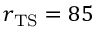
r _ { \mathrm { { T S } } } = 8 5